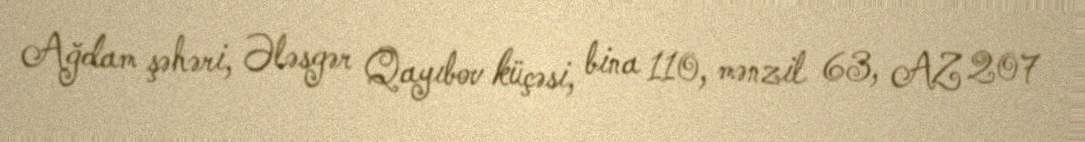
Ağdam şəhəri, Ələsgər Qayıbov küçəsi, bina 110, mənzil 63, AZ 207